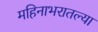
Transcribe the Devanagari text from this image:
महिनाभरातल्या